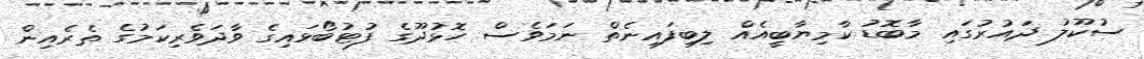
ސުކޫލު ދައުރުގައި މާބޮޑު ކާމިޔާބީއެއް ލިބިފައިނެތް ނަމަވެސް ހޮޅުދޫގެ ފުޓުބޯޅައިގެ ވާދަވެރިކަމުގެ ތެރެއިން